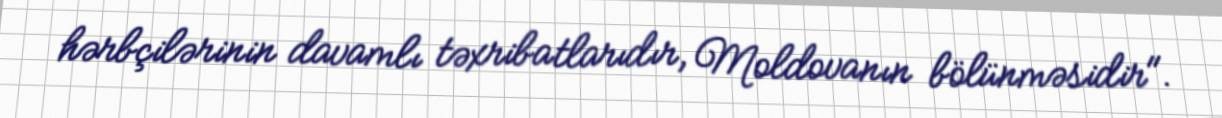
hərbçilərinin davamlı təxribatlarıdır, Moldovanın bölünməsidir".